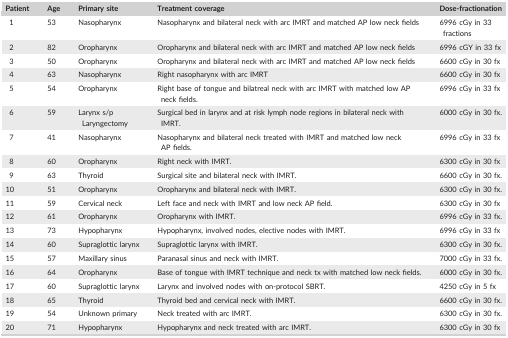
<table><thead><tr><td><b>Patient</b></td><td><b>Age</b></td><td><b>Primary site</b></td><td><b>Treatment coverage</b></td><td><b>Dose‐fractionation</b></td></tr></thead><tbody><tr><td>1</td><td>53</td><td>Nasopharynx</td><td>Nasopharynx and bilateral neck with arc IMRT and matched AP low neck fields</td><td>6996 cGy in 33 fractions</td></tr><tr><td>2</td><td>82</td><td>Oropharynx</td><td>Oropharynx and bilateral neck with arc IMRT and matched AP low neck fields</td><td>6996 cGY in 33 fx</td></tr><tr><td>3</td><td>50</td><td>Oropharynx</td><td>Oropharynx and bilateral neck with arc IMRT and matched AP low neck fields</td><td>6600 cGy in 30 fx</td></tr><tr><td>4</td><td>63</td><td>Nasopharynx</td><td>Right nasopharynx with arc IMRT</td><td>6600 cGy in 30 fx</td></tr><tr><td>5</td><td>54</td><td>Oropharynx</td><td>Right base of tongue and bilatreal neck with arc IMRT with matched low AP neck fields.</td><td>6996 cGy in 33 fx</td></tr><tr><td>6</td><td>59</td><td>Larynx s/p Laryngectomy</td><td>Surgical bed in larynx and at risk lymph node regions in bilateral neck with IMRT.</td><td>6000 cGy in 30 fx.</td></tr><tr><td>7</td><td>41</td><td>Nasopharynx</td><td>Nasopharynx and bilateral neck treated with IMRT and matched low neck AP fields.</td><td>6996 cGy in 33 fx</td></tr><tr><td>8</td><td>60</td><td>Oropharynx</td><td>Right neck with IMRT.</td><td>6300 cGy in 30 fx</td></tr><tr><td>9</td><td>63</td><td>Thyroid</td><td>Surgical site and bilateral neck with IMRT.</td><td>6600 cGy in 30 fx.</td></tr><tr><td>10</td><td>51</td><td>Oropharynx</td><td>Oropharynx and bilateral neck with IMRT.</td><td>6300 cGy in 30 fx.</td></tr><tr><td>11</td><td>59</td><td>Cervical neck</td><td>Left face and neck with IMRT and low neck AP field.</td><td>6300 cGy in 30 fx</td></tr><tr><td>12</td><td>61</td><td>Oropharynx</td><td>Oropharynx with IMRT.</td><td>6996 cGy in 33 fx.</td></tr><tr><td>13</td><td>73</td><td>Hypopharynx</td><td>Hypopharynx, involved nodes, elective nodes with IMRT.</td><td>6996 cGy in 33 fx</td></tr><tr><td>14</td><td>60</td><td>Supraglottic larynx</td><td>Supraglottic larynx with IMRT.</td><td>6300 cGy in 30 fx.</td></tr><tr><td>15</td><td>57</td><td>Maxillary sinus</td><td>Paranasal sinus and neck with IMRT.</td><td>7000 cGy in 33 fx.</td></tr><tr><td>16</td><td>64</td><td>Oropharynx</td><td>Base of tongue with IMRT technique and neck tx with matched low neck fields.</td><td>6000 cGy in 30 fx.</td></tr><tr><td>17</td><td>60</td><td>Supraglottic larynx</td><td>Larynx and involved nodes with on‐protocol SBRT.</td><td>4250 cGy in 5 fx</td></tr><tr><td>18</td><td>65</td><td>Thyroid</td><td>Thyroid bed and cervical neck with IMRT.</td><td>6600 cGy in 30 fx.</td></tr><tr><td>19</td><td>54</td><td>Unknown primary</td><td>Neck treated with arc IMRT.</td><td>6300 cGy in 30 fx.</td></tr><tr><td>20</td><td>71</td><td>Hypopharynx</td><td>Hypopharynx and neck treated with arc IMRT.</td><td>6300 cGy in 30 fx</td></tr></tbody></table>